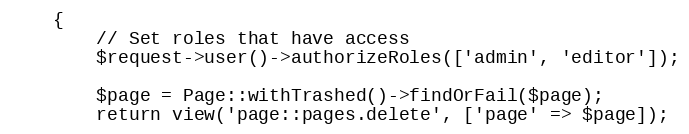
Language: PHP
    {
        // Set roles that have access
        $request->user()->authorizeRoles(['admin', 'editor']);

        $page = Page::withTrashed()->findOrFail($page);
        return view('page::pages.delete', ['page' => $page]);